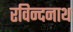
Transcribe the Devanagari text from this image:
रविन्दनाथ